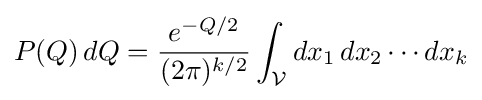
P(Q)\,dQ={\frac {e^{-Q/2}}{(2\pi )^{k/2}}}\int _{\mathcal {V}}dx_{1}\,dx_{2}\cdots dx_{k}